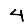
Digit: 4